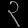
Digit: ၃